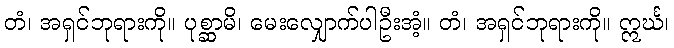
တံ၊ အရှင်ဘုရားကို။ ပုစ္ဆာမိ၊ မေးလျှောက်ပါဦးအံ့။ တံ၊ အရှင်ဘုရားကို။ ဣင်္ဃ၊